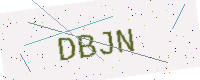
Text: DBJN